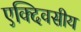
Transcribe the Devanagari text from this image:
एक्दिवसीय